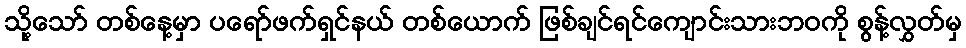
သို့သော် တစ်နေ့မှာ ပရော်ဖက်ရှင်နယ် တစ်ယောက် ဖြစ်ချင်ရင်ကျောင်းသားဘဝကို စွန့်လွှတ်မှ